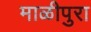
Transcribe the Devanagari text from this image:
माळीपुरा